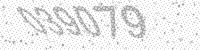
Solution: 039079